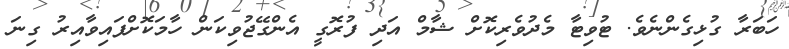
ހަބަރާ ގުޅިގެންނެވެ. ޓުވިޓާ މެދުވެރިކޮށް ޝާމް އަދި ފުރޮގީ އެންގޭޖުވިކަން ހާމަކޮށްފައިވާއިރު ގިނަ